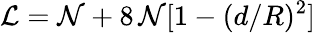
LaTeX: {\cal L}={\cal N}+8\, {\cal N}[1-(d/R)^{2}]